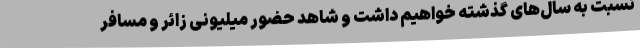
نسبت به سال‌های گذشته خواهیم داشت و شاهد حضور میلیونی زائر و مسافر